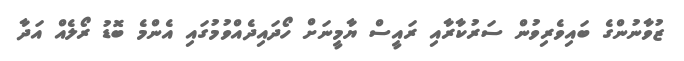
ޒުވާނުންގެ ބައިވެރިވުން ސަރުކާރާއި ރައީސް ޔާމީނަށް ހޯދަައިދެއްވުމުގައި އެންމެ ބޮޑު ރޯލެއް އަދާ